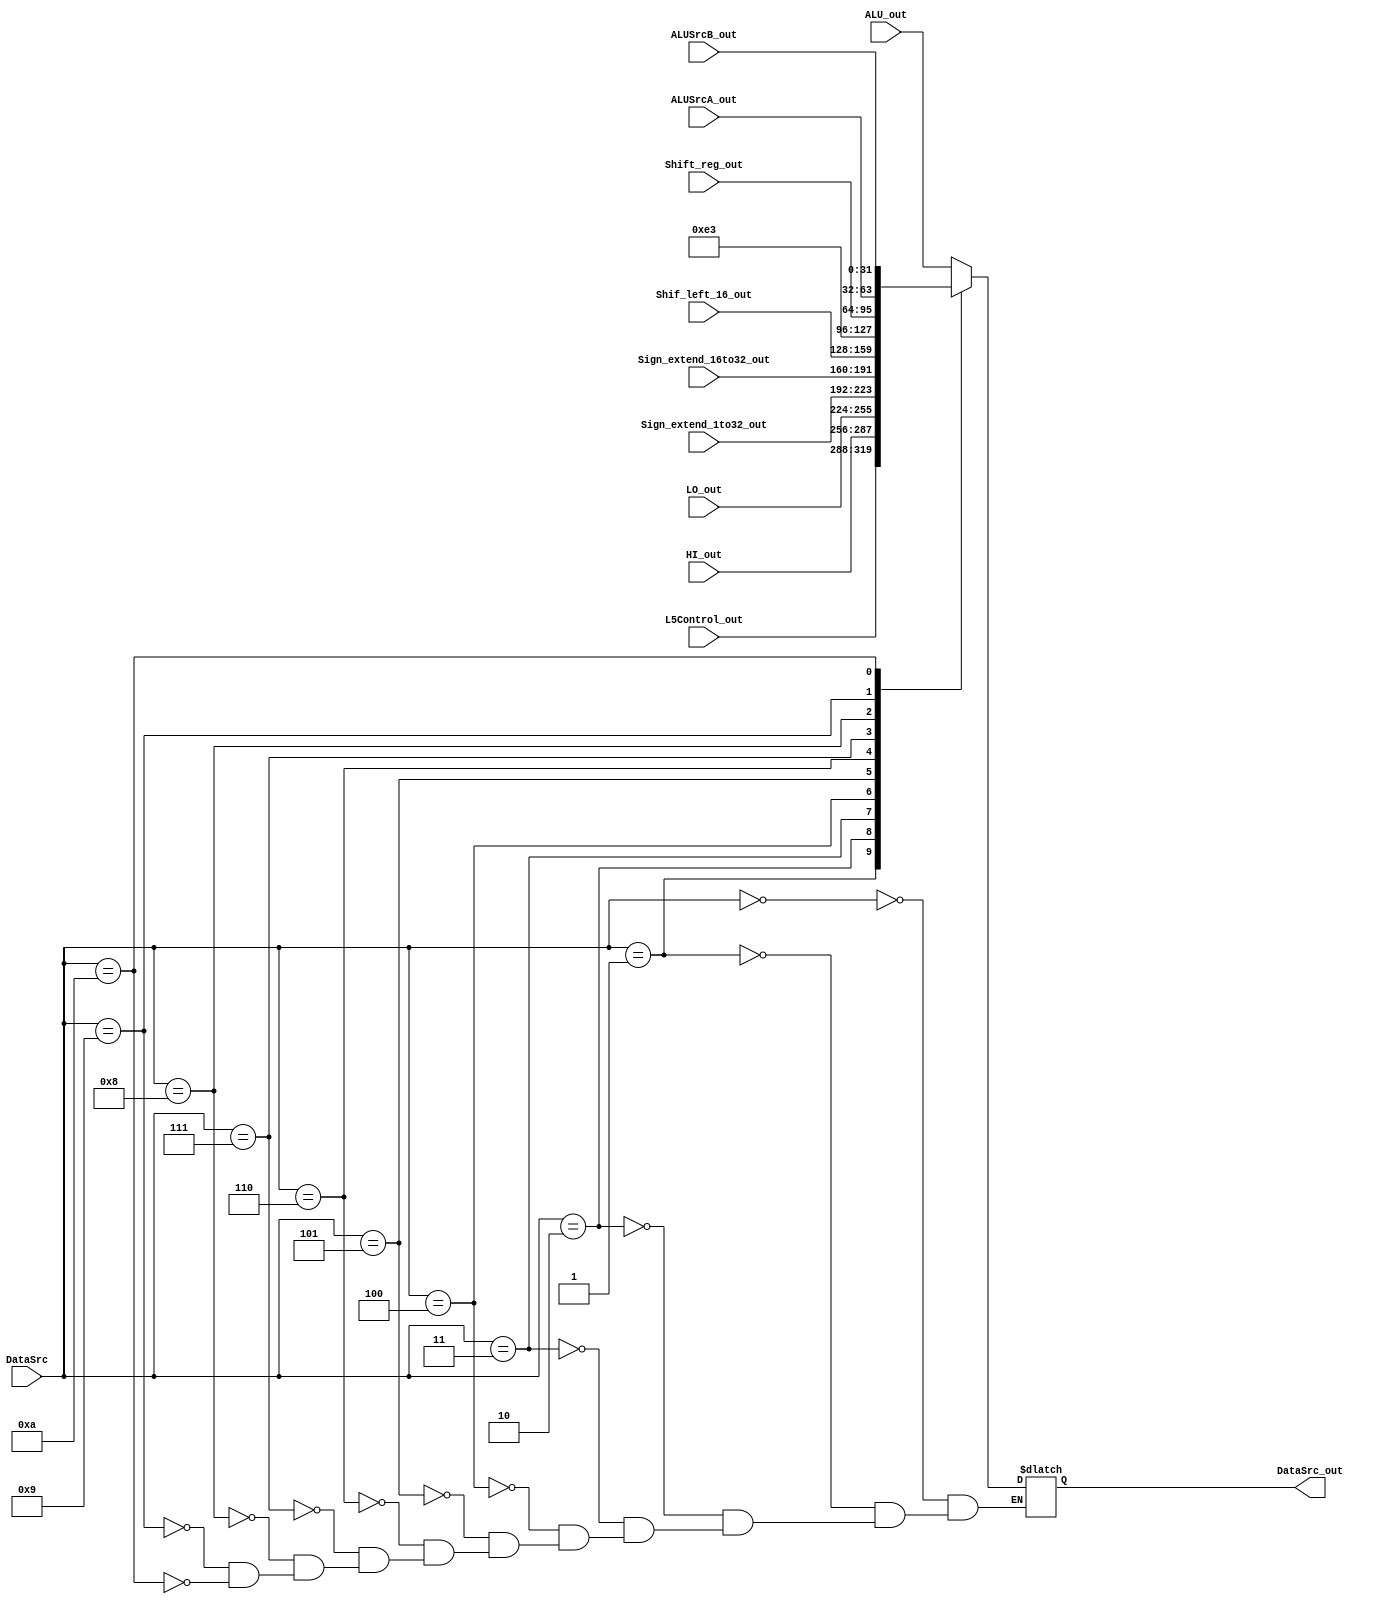
module data_source (
	input wire [3:0]DataSrc,
	input wire [31:0] ALU_out, 
	input wire [31:0] L5Control_out,
	input wire [31:0] HI_out,
	input wire [31:0] LO_out,
	input wire [31:0] Sign_extend_1to32_out,
	input wire [31:0] Sign_extend_16to32_out,
	input wire [31:0] Shif_left_16_out, 
	input wire [31:0] Shift_reg_out, 
	input wire [31:0] ALUSrcA_out,
	input wire [31:0] ALUSrcB_out,
	output reg [31:0] DataSrc_out
);
parameter S0 = 0, S1 = 1, S2 = 2, S3 = 3, S4 = 4, S5 = 5, S6 = 6, S7 = 7, S8 = 8, S9 = 9, S10 = 10;
always @(*) begin
	case(DataSrc)
		S0:
			DataSrc_out <= ALU_out;
		S1:
			DataSrc_out <= L5Control_out;
		S2:
			DataSrc_out <= HI_out;
		S3:
			DataSrc_out <= LO_out;
		S4:
			DataSrc_out <= Sign_extend_1to32_out;
		S5:
			DataSrc_out <= Sign_extend_16to32_out;
		S6:
			DataSrc_out <= Shif_left_16_out;
		S7:
			DataSrc_out <= 32'd227;
		S8:
			DataSrc_out <= Shift_reg_out;
		S9:
			DataSrc_out <= ALUSrcA_out;
		S10:
			DataSrc_out <= ALUSrcB_out;
	endcase
end

endmodule